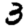
Digit: 3